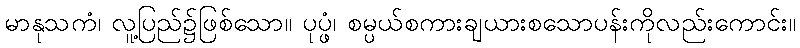
မာနုသကံ၊ လူ့ပြည်၌ဖြစ်သော။ ပုပ္ဖံ၊ စမ္ပယ်စကားချယားစသောပန်းကိုလည်းကောင်း။